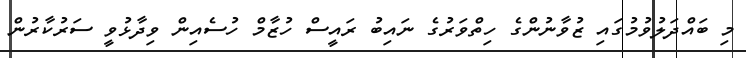
މި ބައްދަލުވުމުގައި ޒުވާނުންގެ ހިތްވަރުގެ ނައިބު ރައީސް ހުޒާމް ހުސެއިން ވިދާޅުވީ ސަރުކާރުން